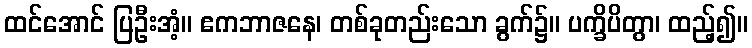
ထင်အောင် ပြဦးအံ့။ ဧကဘာဇနေ၊ တစ်ခုတည်းသော ခွက်၌။ ပက္ခိပိတွာ၊ ထည့်၍။